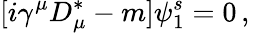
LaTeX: [i\gamma^{\mu}D_{\mu}^{\ast}-m]\psi_{1}^{s}=0\, ,\,